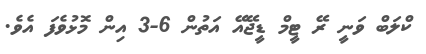
ކްލަބް ވަނީ ރޭ ޓީމް ޑީޖޭއޭ އަތުން 6-3 އިން މޮޅުވެފަ އެވެ.